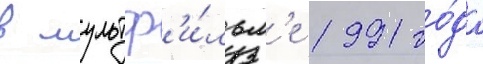
в мультф'и́льм'е 1991 го́да